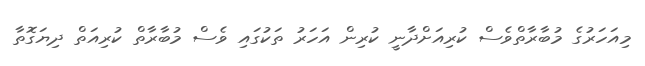
މިއަހަރުގެ މުބާރާތްވެސް ކުރިއަށްދާނީ ކުރިން އަހަރު ތަކުގައި ވެސް މުބާރާތް ކުރިއަތް ދިޔަގޮތާ